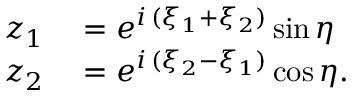
\begin{array} { r l } { z _ { 1 } } & { { } = e ^ { i \, ( \xi _ { 1 } + \xi _ { 2 } ) } \sin \eta } \\ { z _ { 2 } } & { { } = e ^ { i \, ( \xi _ { 2 } - \xi _ { 1 } ) } \cos \eta . } \end{array}